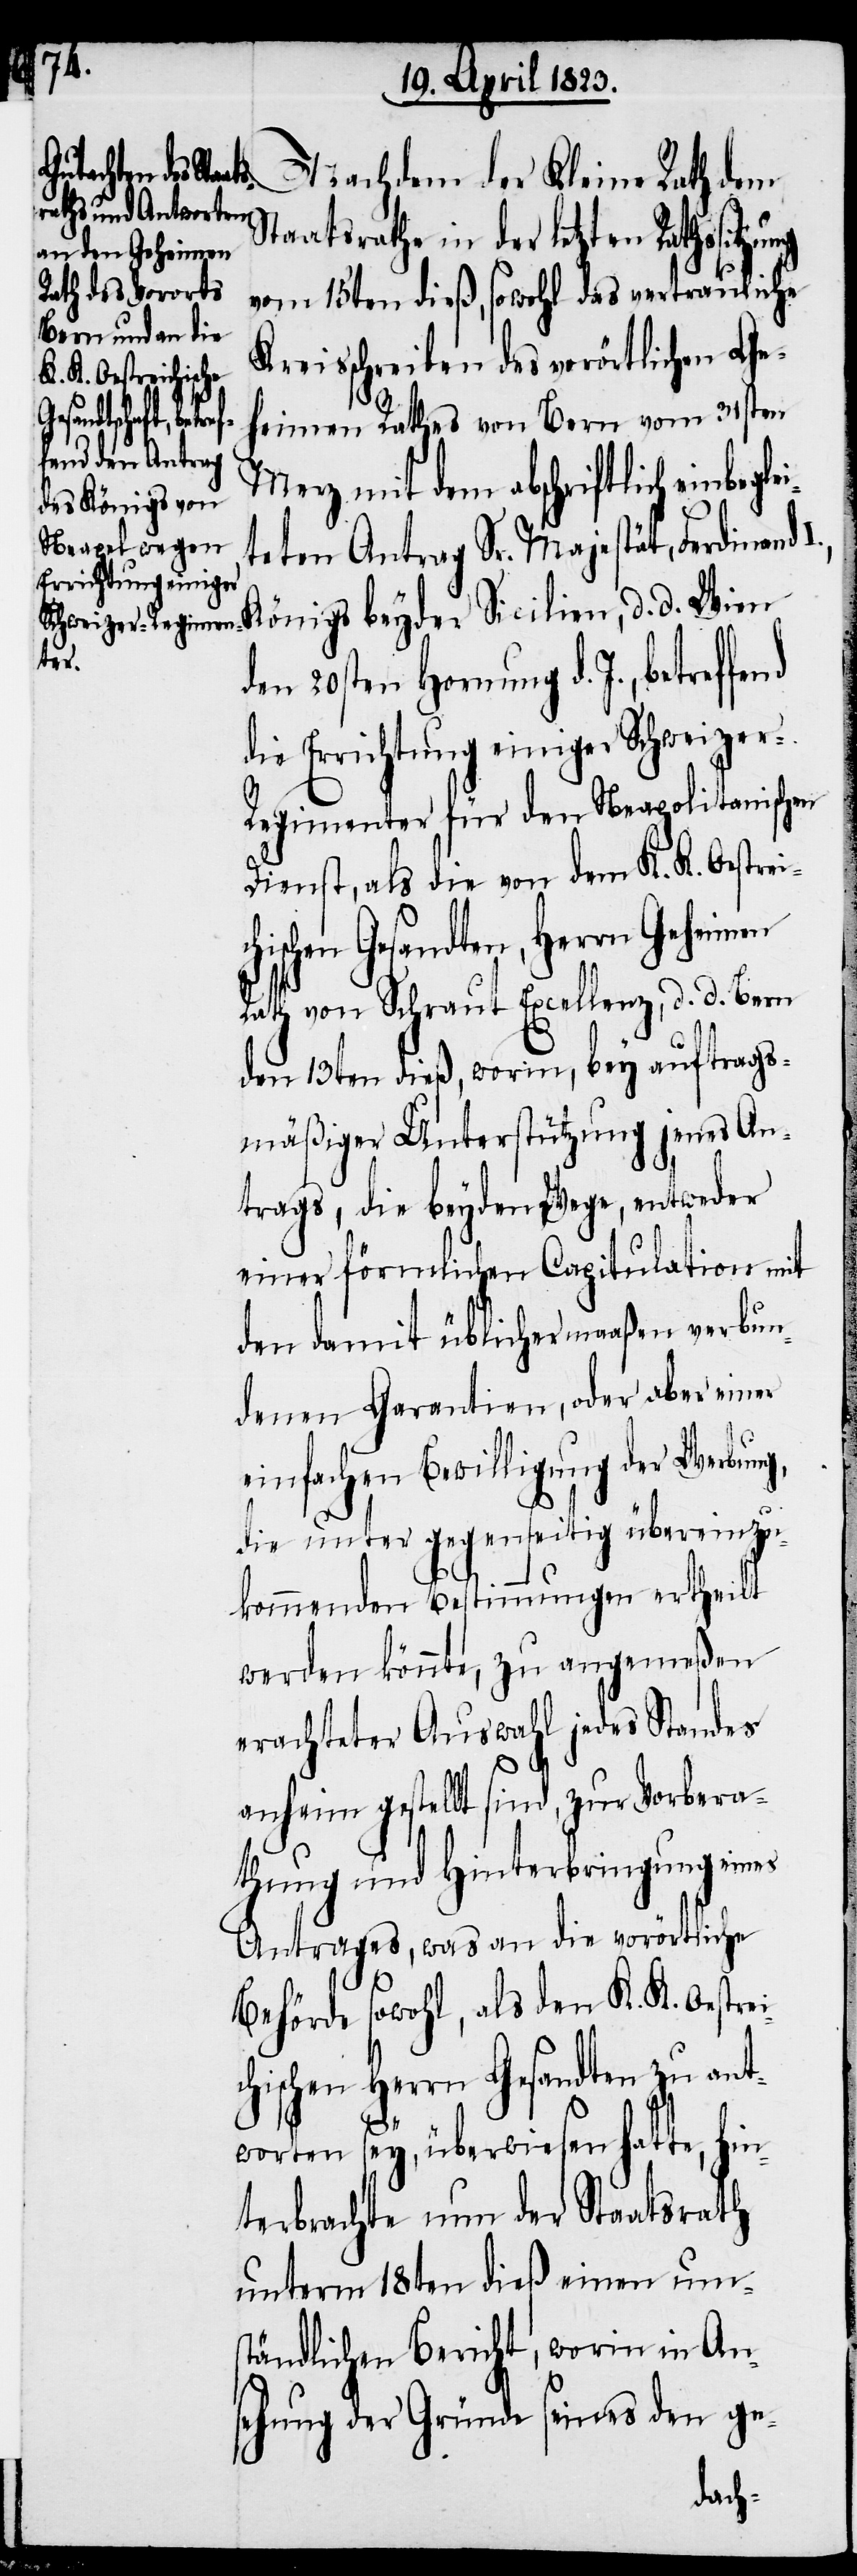
ffend
eichischen
Nachdem der Kleine Rath dem
Staatsrathe in der letzten
vom 15ten dieß, sowohl das vertrauliche
Kreisschreiben des vorörtlichen Geh¬
d. d. Wien
eimen Rathes von Bern vom 31sten
Merz mit dem abschriftlich einbeg¬
teten Antrag Sr. Majestät, Ferdinand
lei¬
den 20sten Hornung d. J., betre¬
die Errichtung einiger Schweizer-R¬
egimenter für den Neapolitanischen
Dienst, als die von dem K. K. Oestr¬
Gesandten, Herrn Geheimen
Rath von Schraut Excellenz, d. d. Bern
den 13ten dieß, worin, bey auftrags¬
mäßiger Unterstützung jenes An¬
trags, die beyden Wege, entweder
einer förmlichen Capitulation mit
den damit üblichermaaßen verbun¬
denen Garantien, oder aber einer
einfachen Bewilligung der Werbung,
die unter gegenseitig übereinzu¬
kommenden Bestimmungen ertheilt
werden könnte, zu angemeßen
erachteter Auswahl jedes Standes
anheim gestellt sind, zur Vorbera¬
thung und Hinterbringung eines
Antrages, was an die vorörtliche
Behörde sowohl, als den K. K. Oestrei¬
chischen Herrn Gesandten zu ant¬
worten sey, überwiesen hatte, hin¬
terbrachte nun der Staatsrath
unterm 18ten dieß einen ums¬
tändlichen Bericht, worin in An¬
sehung der Gründe seines den ge-